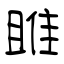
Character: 雎